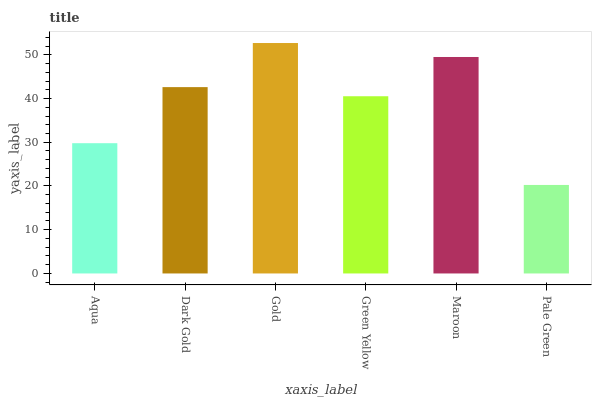
| xaxis_label | bars |
 | --- | --- |
 | Aqua | 29.8 |
 | Dark Gold | 42.6 |
 | Gold | 52.7 |
 | Green Yellow | 40.5 |
 | Maroon | 49.5 |
 | Pale Green | 20.2 |